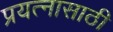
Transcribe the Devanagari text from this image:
प्रयत्‍नासाठी